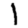
Digit: 1